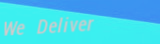
We Deliver